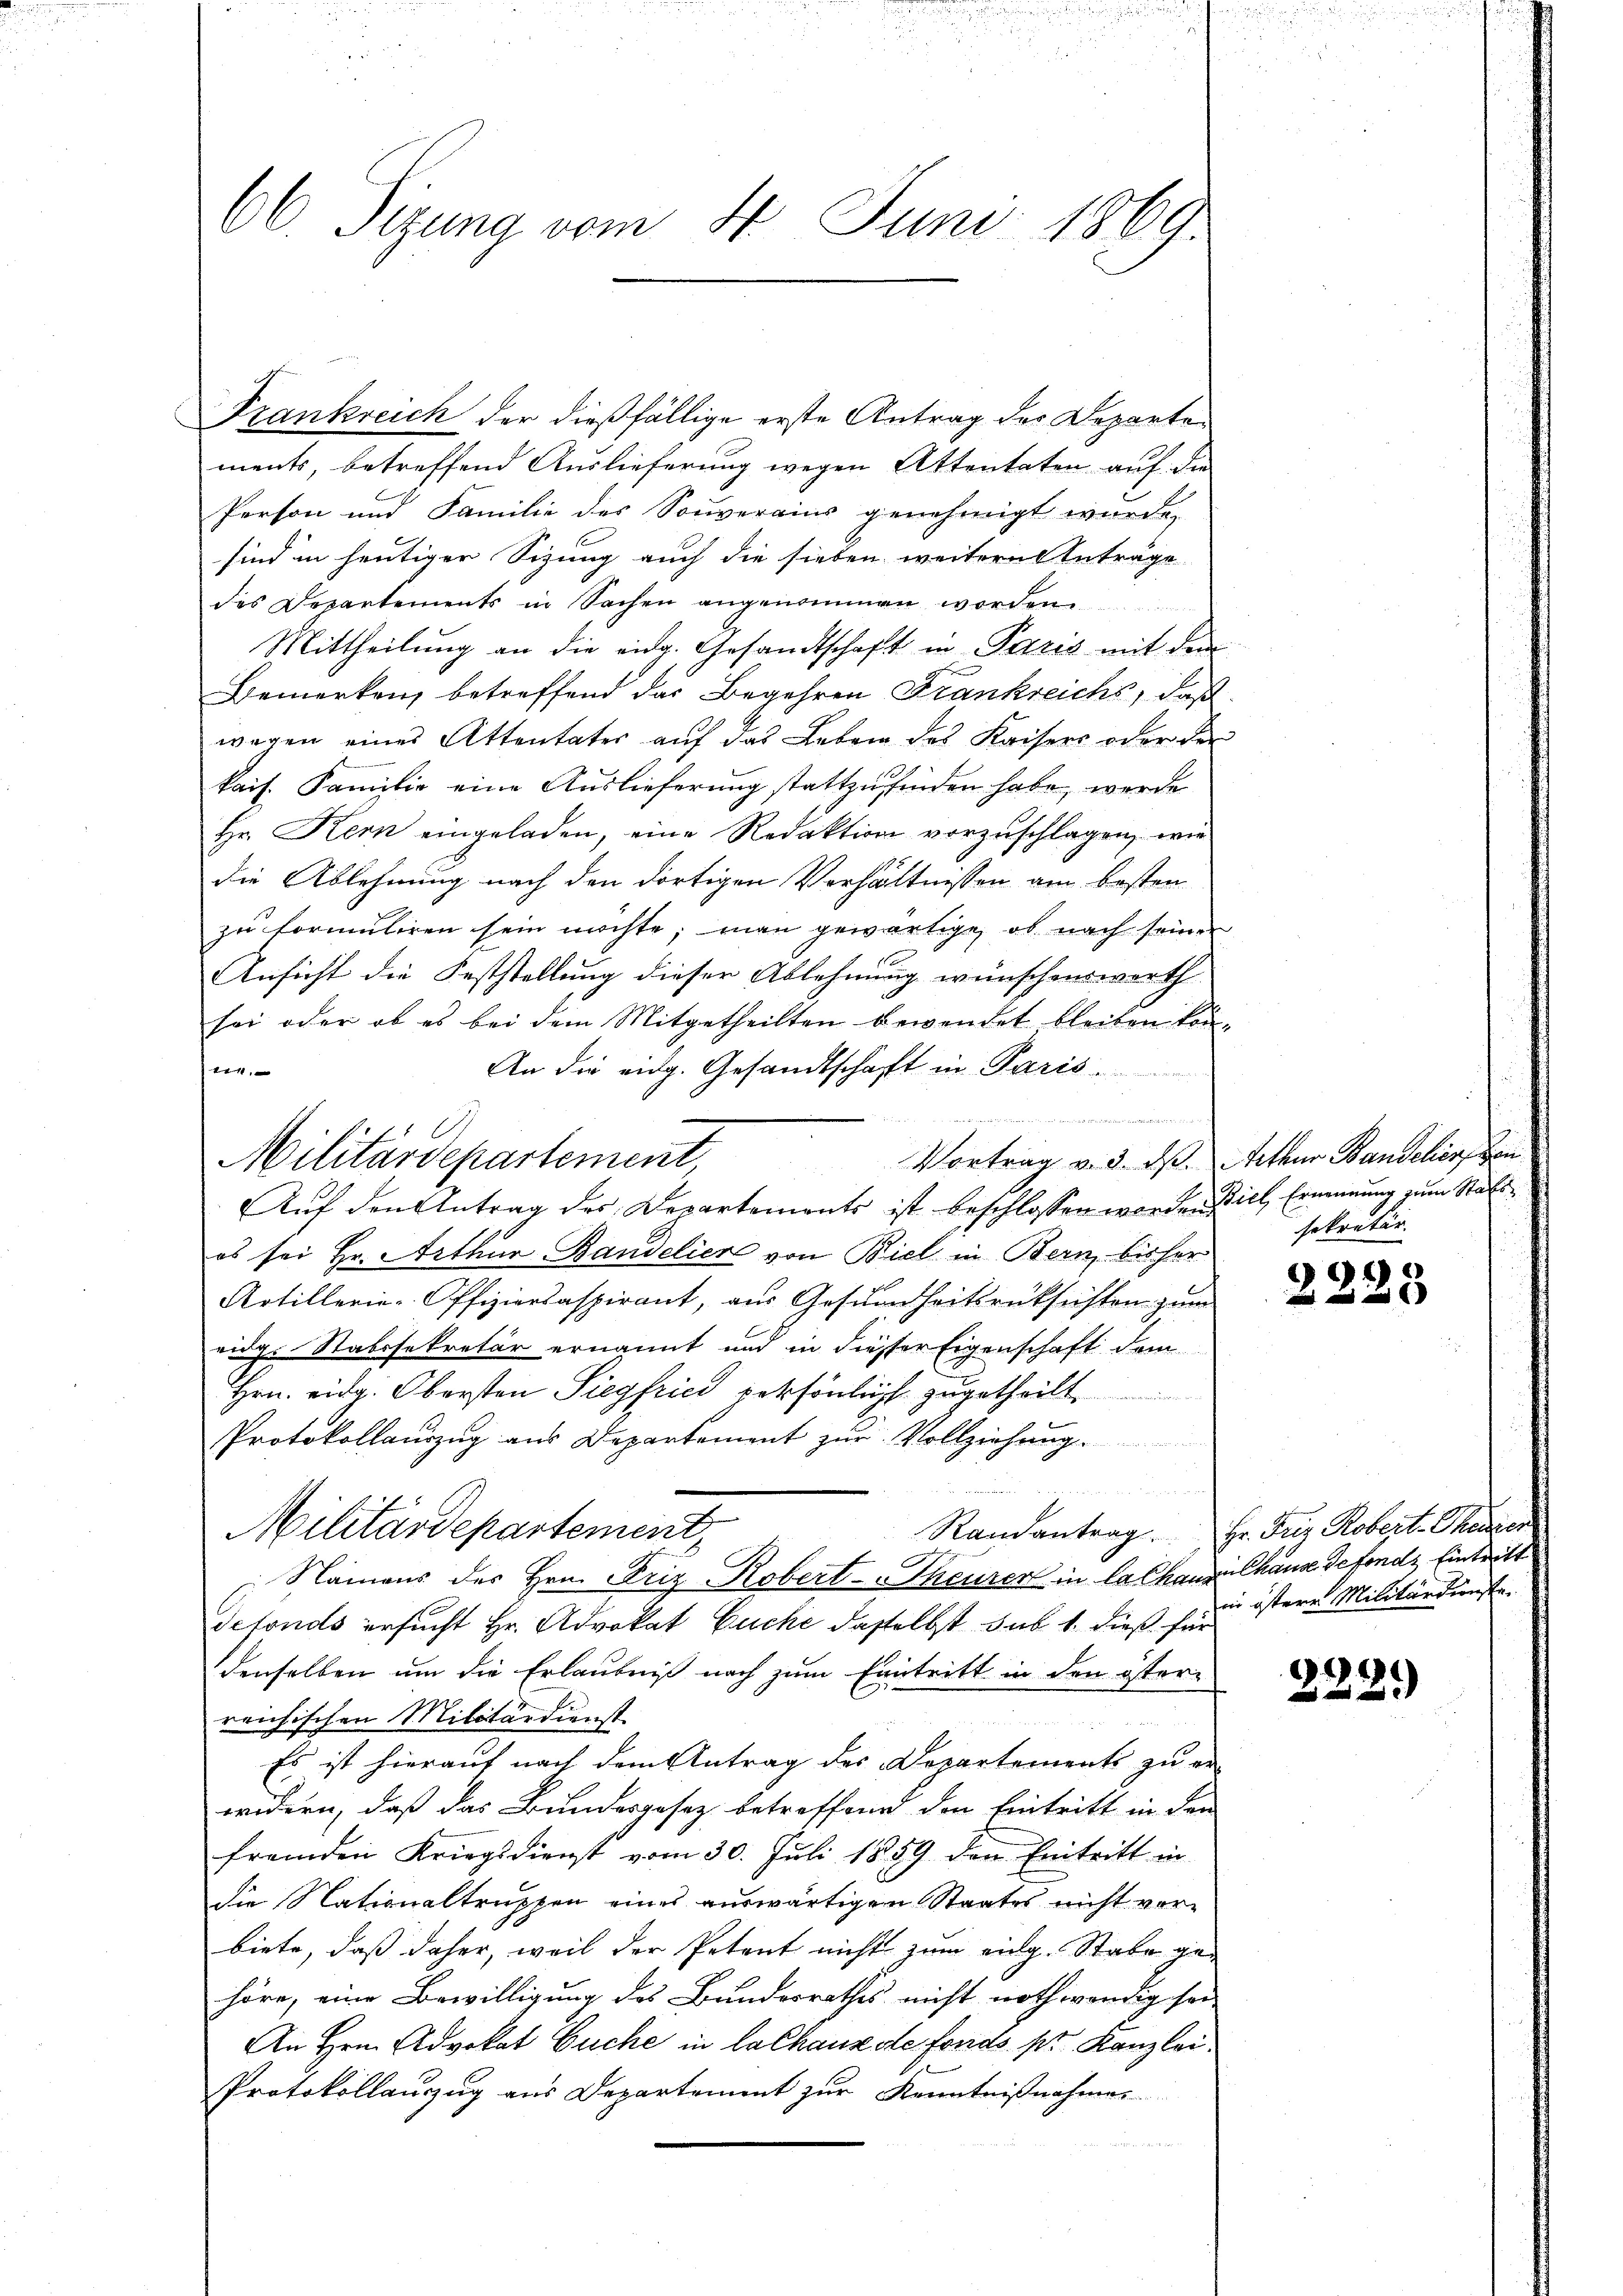
66. Sizung vom 4. Juni 1869.

Frankreich der dießfällige erste Antrag der Departen
ments, betreffend Auslieferung wegen Attentaten auf die
Person und Familie des Souverains genehmigt wurde,
sind in heutiger Sizung auch die sieben weitere Anträge
des Departements in Sachen angenommen worden.
Mittheilung an die eidg. Gesandtschaft in Paris mit dem
Bemerken, betreffend das Begehren Frankreichs, daß
wegen eines Attentates auf das Leben des Kaisers oder der
kais. Familie eine Auslieferung stattzufinden habe, werde
Hr. Kern eingeladen, eine Redaktion vorzuschlagen, wie
die Ablehnung nach den dortigen Verhältnissen am besten
zu formuliren sein möchte, man gewärtige, ob nach seinen
Ansicht die Feststellung dieser Ablehnung wünschenswerth
sei oder ob es bei dem Mitgetheilten bewendet bleiben kön¬
An die eidg. Gesandtschaft in Paris.
t

Vortrag v. 3. ds.
Auf den Antrag des Departemonts ist beschlossen worden Ziel, Ernennung zum Stattes sei Hr. Arthur Bandelier von Biel in Bern, bisher
Artillerie-Offiziersaspirant, aus Gesundheitsrücksichten zum
ridgs-Stabssekretär ernannt und in diesser Eigenschaft dem
Hrn. eidg. Obersten Siegfried persönlich zugetheilt
Protokollaŭszŭg ans Departement zŭr Vollziehŭng.
Militärdepartement
Namens des Hrn. Friz Robert-Theurer in la chanze Chause de fonds Eintritt
defonds ersucht Hr. Advokat Euche dasselbst sub 1. dieß für
denselben um die Erlaubniß nach zum Eintritt in den öster-
reichischen Militärdienst
Es ist hierauf nach dem Antrag des Departements zu er-
widern, daß das Bundesgesetz betreffend den Eintritt in den
fremden Kriegsdienst vom 30. Juli 1859 den Eintritt in
die Nationaltruppen eines auswärtigen Staates nicht vorbiete, daß daher, weil der Petent nicht zum eidg. Stabe gehöre, eine Bewilligung des Bundesrathes nicht nothwendig sei
An Hrn. Advokat Buche in la Chausste fonds pr Kanzlei
Protokollauszug aus Departement zur Kenntnißnahmes
de alten

Militärdepartement,

2.
.

eteur Bandelis, von
sekretär.

und in

Randantrag. Hr. Friz Robert-Theater
in östere Militärdunste.

.
22.)